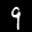
Label: 9